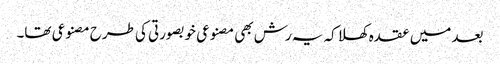
بعد میں عقدہ کھلا کہ یہ رش بھی مصنوعی خوبصورتی کی طرح مصنوعی تھا۔